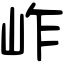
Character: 岞